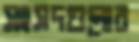
সংসদগুলোর